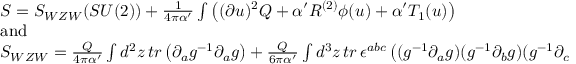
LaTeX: \begin{array} { l } { { S = S _ { W Z W } ( S U ( 2 ) ) + \frac { 1 } { 4 \pi \alpha ^ { \prime } } \int \left( ( \partial u ) ^ { 2 } Q + \alpha ^ { \prime } R ^ { ( 2 ) } \phi ( u ) + \alpha ^ { \prime } T _ { 1 } ( u ) \right) } } \\ { { \mathrm { a n d } } } \\ { { S _ { W Z W } = \frac { Q } { 4 \pi \alpha ^ { \prime } } \int d ^ { 2 } z \, t r \left( \partial _ { a } g ^ { - 1 } \partial _ { a } g \right) + \frac { Q } { 6 \pi \alpha ^ { \prime } } \int d ^ { 3 } z \, t r \, \epsilon ^ { a b c } \left( ( g ^ { - 1 } \partial _ { a } g ) ( g ^ { - 1 } \partial _ { b } g ) ( g ^ { - 1 } \partial _ { c } g ) \right) } } \end{array}